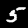
Digit: 5